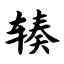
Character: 辏